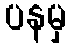
ပနမှ